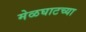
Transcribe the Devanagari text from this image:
मेळघाटच्या